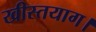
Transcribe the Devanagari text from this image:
खीस्तयाग।